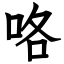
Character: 咯